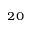
^ { 2 0 }